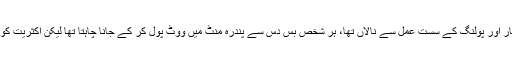
دوسری طرف یہ مشاہدہ بھی کیا کہ عام ووٹر لمبی قطار اور پولنگ کے سست عمل سے نالاں تھا، ہر شخص بس دس سے پندرہ منٹ میں ووٹ پول کر کے جانا چاہتا تھا لیکن اکثریت کو ایک گھنٹے سے زائد کا وقت صرف کرنا پڑ رہا تھا ۔